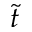
\widetilde { t }